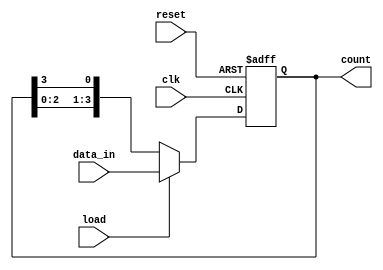
module JohnsonCounter (
    input wire clk, // Clock input
    input wire reset, // Reset input
    input wire load, // Load input
    input wire [3:0] data_in, // Data input
    output reg [3:0] count // Output count
);

reg [3:0] state; // State register
always @ (posedge clk or posedge reset)
begin
    if(reset) begin
        state <= 4'b0000; // Reset to initial state
    end else if(load) begin
        state <= data_in; // Load specific value
    end else begin
        // Counter logic
        state <= {state[2:0], state[3]};
    end
end

// Output count
assign count = state;

endmodule